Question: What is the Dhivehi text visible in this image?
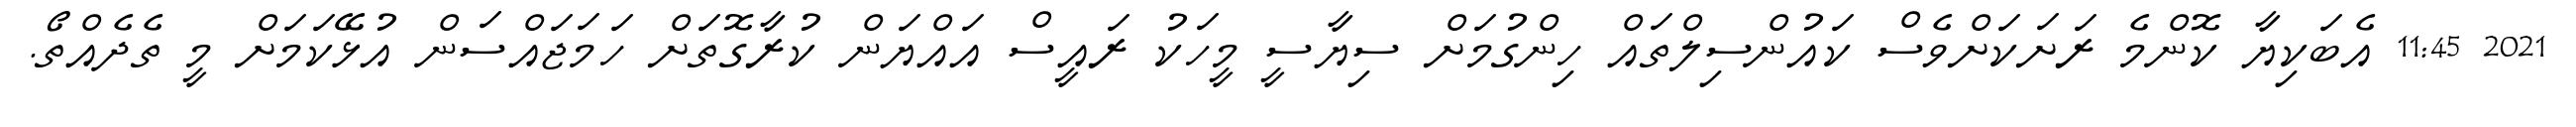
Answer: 2021 11:45 އެބަކިޔާ ކޮންމެ ރަށަކަށްވެސް ކައުންސިލްތައް ހިންގުމަށް ސިޔާސީ މީހަކު ރައީސް އައްޔަން ކުރާގޮތަށް ހަމަޖައްސަން އުޅޭކަމަށް މީ ތެދެއްތޯ.